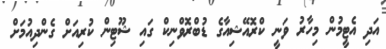
އަދި އެޓީމުން މިހާރު ވަނީ ކްރޮއޭޝިއާގެ ޑުބްރޮވްނިކް ގައި ޝޫޓިން ކުރިއަށް ގެންދިއުމަށް